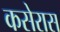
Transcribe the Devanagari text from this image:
कसेरास